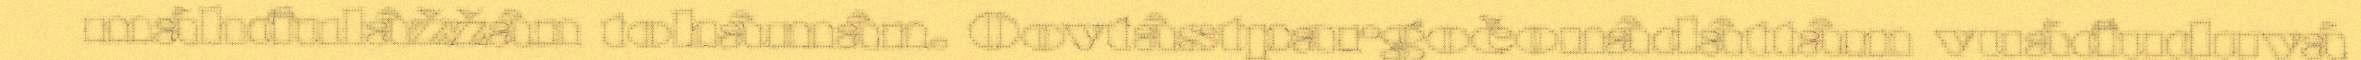
máhđulâžžân tohâmân. Oovtâstpargočonâdâttâm vuáđuduvá